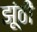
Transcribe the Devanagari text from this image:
झूंठी